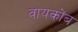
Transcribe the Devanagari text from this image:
वायकोंब